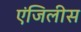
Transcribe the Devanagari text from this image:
एंजिलीस